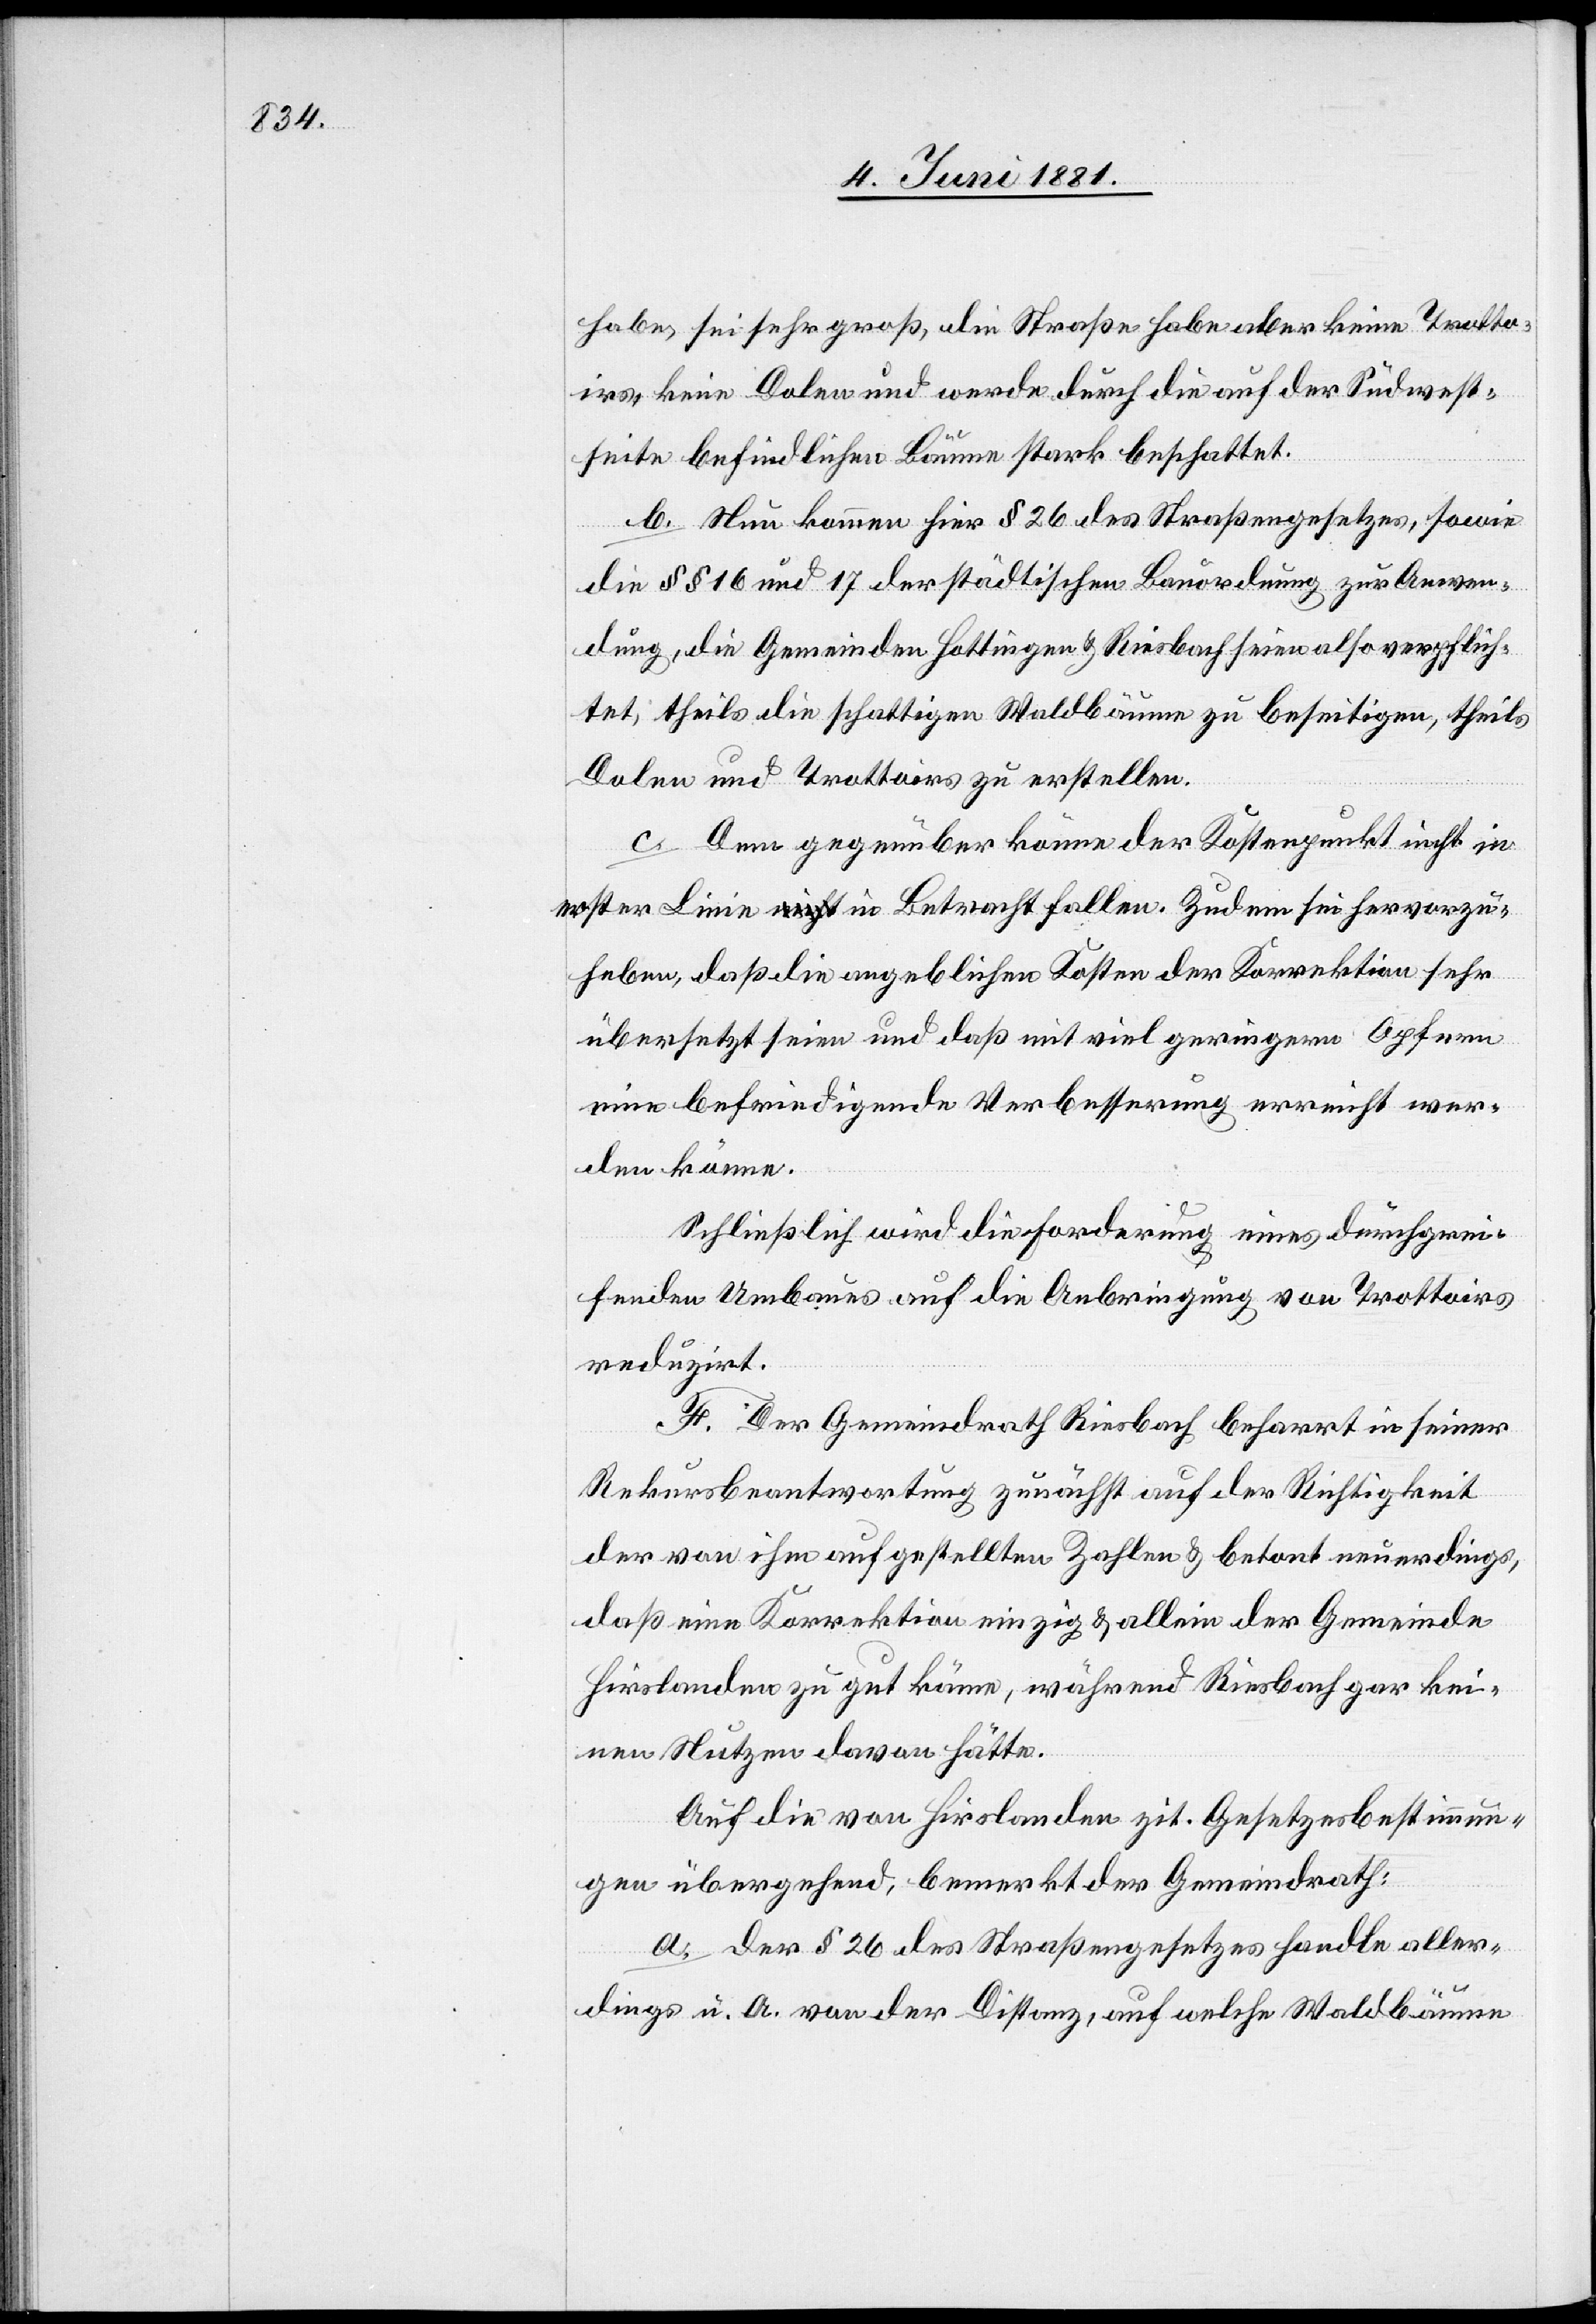
habe, sei sehr groß, die Straße habe aber keine Trotto¬
irs, keine Dolen und werde durch die auf der Südwest¬
seite befindlichen Bäume stark beschattet.
b. Nun kommen hier § 26 des Straßengesetzes, sowie
die §§ 16 und 17 der städtischen Bauordnung zur Anwen¬
dung, die Gemeinden Hottingen & Riesbach seien also verpflich¬
tet, theils die schattigen Waldbäume zu beseitigen, theils
Dolen und Trottoirs zu erstellen.
c. Dem gegenüber könne der Kostenpunkt nicht in
erster Linie in Betracht fallen. Zudem sei hervorzu¬
heben, daß die angeblichen Kosten der Korrektion sehr
übersetzt seien und daß mit viel geringern Opfern
eine befriedigende Verbesserung erreicht wer¬
den könne.
Schließlich wird die Forderung eines durchgrei¬
fenden Umbaues auf die Anbringung von Trottoirs
reduzirt.
F. Der Gemeindrath Riesbach beharrt in seiner
Rekursbeantwortung zunächst auf der Richtigkeit
der von ihm aufgestellten Zahlen & betont neuerdings,
daß eine Korrektion einzig & allein der Gemeinde
Hirslanden zu gut käme, während Riesbach gar kei¬
nen Nutzen davon hätte.
Auf die von Hirslanden zit. Gesetzesbestimmun¬
gen übergehend, bemerkt der Gemeindrath:
a. Der § 26 des Straßengesetzes handle aller¬
dings u. A. von der Distanz, auf welche Waldbäume